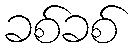
ခစ်ခစ်